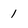
Character: 1